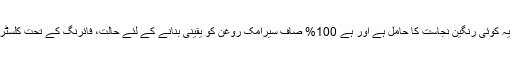
2) یہ کوئی رنگین نجاست کا حامل ہے اور ہے 100% صاف سیرامک روغن کو یقینی بنانے کے لئے حالت، فائرنگ کے تحت کلسٹرز ۔